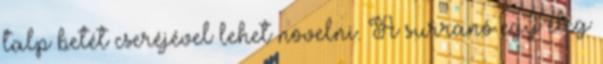
talp betét cseréjével lehet növelni. A surranó egy elég